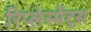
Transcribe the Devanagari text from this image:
रिप्लेस्मेंट्स